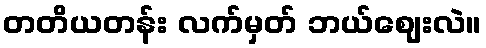
တတိယတန်း လက်မှတ် ဘယ်ဈေးလဲ။